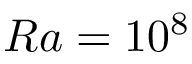
R a = 1 0 ^ { 8 }